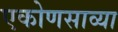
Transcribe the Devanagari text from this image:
एकोणसाव्या